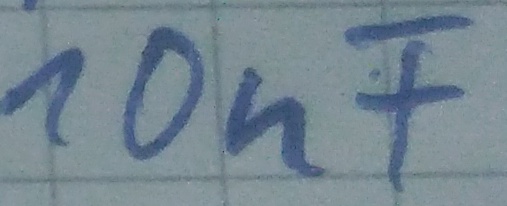
Text: 10nF